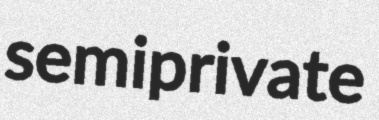
semiprivate